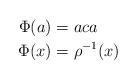
LaTeX: \begin{align*}\Phi(a) &= aca\\\Phi(x) &= \rho^{-1}(x)\end{align*}